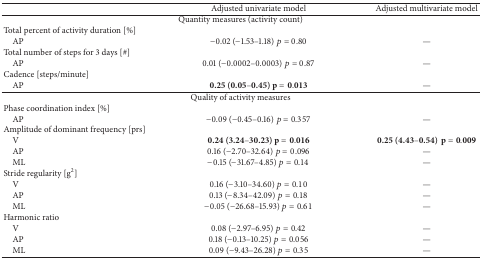
<table><thead><tr><td><b> </b></td><td><b>Adjusted univariate model</b></td><td><b>Adjusted multivariate model</b></td></tr></thead><tbody><tr><td colspan="3">Quantity measures (activity count)</td></tr><tr><td>Total percent of activity duration [%]</td><td> </td><td> </td></tr><tr><td> AP</td><td>−0.02 (−1.53–1.18) <i>p</i> = 0.80</td><td>—</td></tr><tr><td>Total number of steps for 3 days [#]</td><td> </td><td> </td></tr><tr><td> AP</td><td>0.01 (−0.0002–0.0003) <i>p</i> = 0.87</td><td>—</td></tr><tr><td>Cadence [steps/minute]</td><td> </td><td> </td></tr><tr><td> AP</td><td><b>0.25 (0.05</b>–<b>0.45) </b><b>p</b> = 0.013</td><td>—</td></tr><tr><td colspan="3">Quality of activity measures</td></tr><tr><td>Phase coordination index [%]</td><td> </td><td> </td></tr><tr><td> AP</td><td>−0.09 (−0.45–0.16) <i>p</i> = 0.357</td><td>—</td></tr><tr><td>Amplitude of dominant frequency [prs]</td><td> </td><td> </td></tr><tr><td> V</td><td><b>0.24 (3.24</b>–<b>30.23) </b><b>p</b> = 0.016</td><td><b>0.25 (4.43</b>–<b>0.54)</b><b>p</b> = 0.009</td></tr><tr><td> AP</td><td>0.16 (−2.70–32.64) <i>p</i> = 0.096</td><td>—</td></tr><tr><td> ML</td><td>−0.15 (−31.67–4.85) <i>p</i> = 0.14</td><td>—</td></tr><tr><td>Stride regularity [g<sup>2</sup>]</td><td> </td><td> </td></tr><tr><td> V</td><td>0.16 (−3.10–34.60) <i>p</i> = 0.10</td><td>—</td></tr><tr><td> AP</td><td>0.13 (−8.34–42.09) <i>p</i> = 0.18</td><td>—</td></tr><tr><td> ML</td><td>−0.05 (−26.68–15.93) <i>p</i> = 0.61</td><td>—</td></tr><tr><td>Harmonic ratio</td><td> </td><td> </td></tr><tr><td> V</td><td>0.08 (−2.97–6.95) <i>p</i> = 0.42</td><td>—</td></tr><tr><td> AP</td><td>0.18 (−0.13–10.25) <i>p</i> = 0.056</td><td>—</td></tr><tr><td> ML</td><td>0.09 (−9.43–26.28) <i>p</i> = 0.35</td><td>—</td></tr></tbody></table>